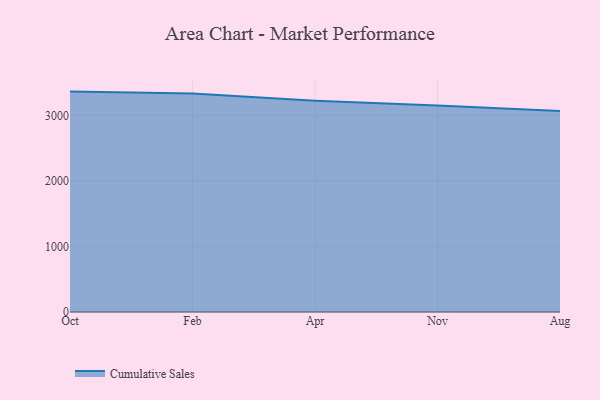
{"axis": {"x": "Month", "y": "Website Visitors"}, "legend": ["Cumulative Sales"], "data": [{"x": "Oct", "y": 3362.2, "type": "Cumulative Sales"}, {"x": "Feb", "y": 3334.5, "type": "Cumulative Sales"}, {"x": "Apr", "y": 3223.2, "type": "Cumulative Sales"}, {"x": "Nov", "y": 3151.4, "type": "Cumulative Sales"}, {"x": "Aug", "y": 3068.0, "type": "Cumulative Sales"}]}